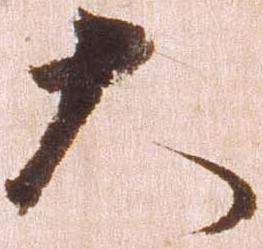
大